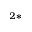
^ { 2 * }